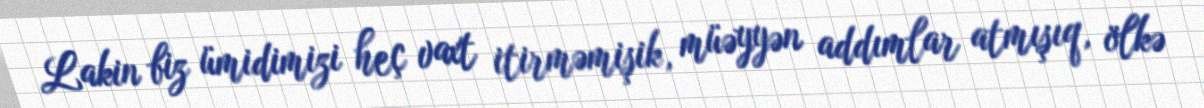
Lakin biz ümidimizi heç vaxt itirməmişik, müəyyən addımlar atmışıq, ölkə